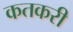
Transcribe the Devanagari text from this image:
कतकरी